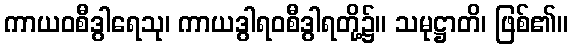
ကာယဝစီဒွါရေသု၊ ကာယဒွါရဝစီဒွါရတို့၌။ သမုဋ္ဌာတိ၊ ဖြစ်၏။